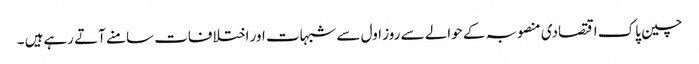
چین پاک اقتصادی منصوبہ کے حوالے سے روز اول سے شبہات اور اختلافات سامنے آتے رہےہیں ۔